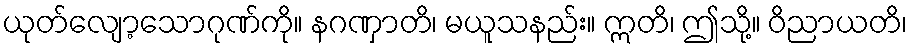
ယုတ်လျော့သောဂုဏ်ကို။ နဂဏှာတိ၊ မယူသနည်း။ ဣတိ၊ ဤသို့။ ဝိညာယတိ၊